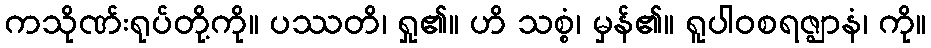
ကသိုဏ်းရုပ်တို့ကို။ ပဿတိ၊ ရှု၏။ ဟိ သစ္စံ၊ မှန်၏။ ရူပါဝစရဇ္ဈာနံ၊ ကို။